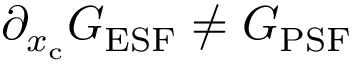
\partial _ { x _ { \mathrm { c } } } G _ { \mathrm { E S F } } \neq G _ { \mathrm { P S F } }